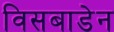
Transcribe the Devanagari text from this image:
विसबाडेन